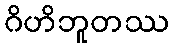
ဂိဟိဘူတဿ